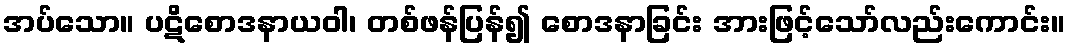
အပ်သော။ ပဋိစောဒနာယဝါ၊ တစ်ဖန်ပြန်၍ စောဒနာခြင်း အားဖြင့်သော်လည်းကောင်း။